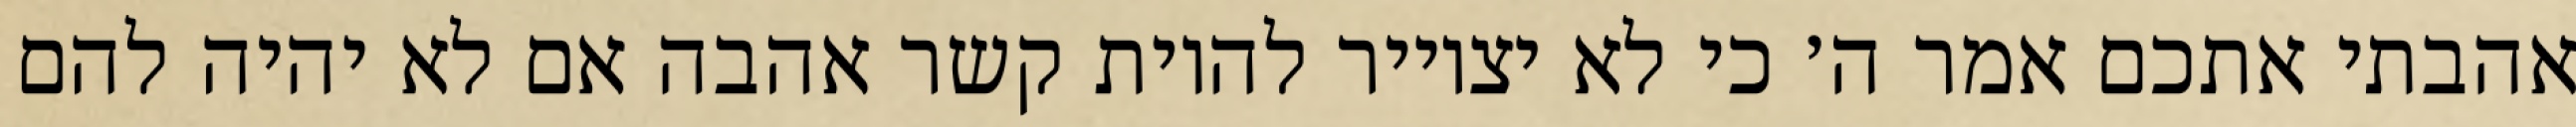
אהבתי אתכם אמר ה׳ כי לא יצוייר להיות קשר אהבה אם לא יהיה להם